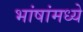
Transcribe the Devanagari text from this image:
भांषांमध्ये